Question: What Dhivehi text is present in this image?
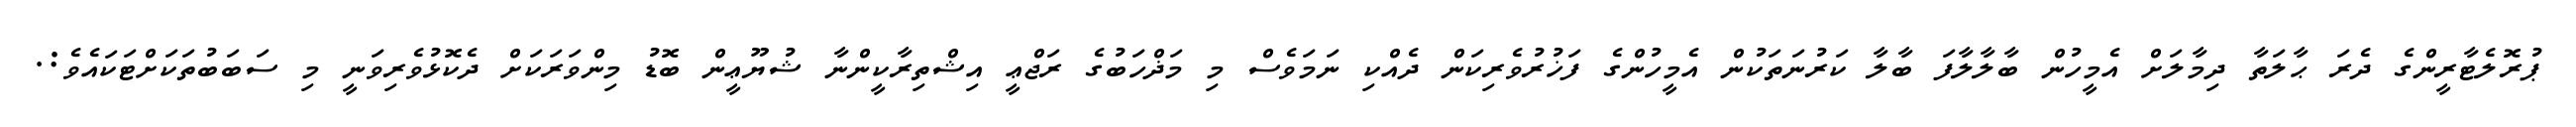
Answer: ޕުރޮލެޓާރީންގެ ދެރަ ޙާލަތާ ދިމާލަށް އެމީހުން ބާލާލާފަ ބާލާ ކަރުނަތަކުން އެމީހުންގެ ފަޚުރުވެރިކަން ދެއްކި ނަމަވެސް މި މަޛްހަބުގެ ރަޖްޢީ އިޝްތިރާކީންނާ ޝުޔޫޢީން ބޮޑު މިންވަރަކަށް ދެކޮޅުވެރިވަނީ މި ސަބަބުތަކަށްޓަކައެވެ:.